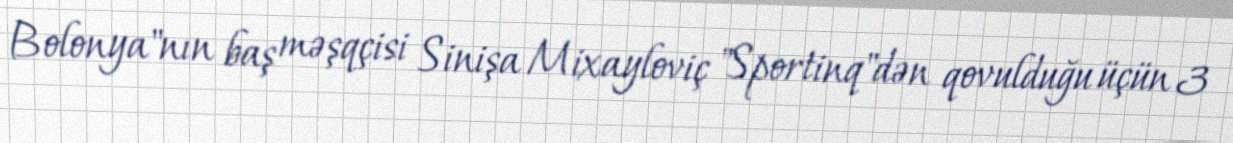
Bolonya"nın baş məşqçisi Sinişa Mixayloviç "Sportinq"dən qovulduğu üçün 3